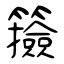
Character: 籡